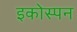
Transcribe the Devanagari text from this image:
इकोस्पन